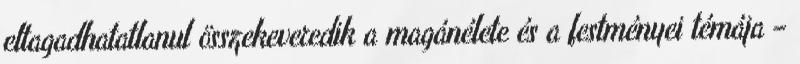
eltagadhatatlanul összekeveredik a magánélete és a festményei témája –